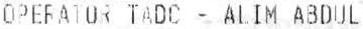
OPERATOR TADC - ALIM ABDUL